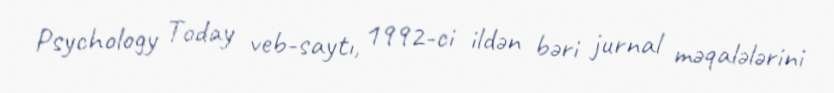
Psychology Today veb-saytı, 1992-ci ildən bəri jurnal məqalələrini